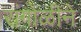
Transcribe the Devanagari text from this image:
रांंगोळीने